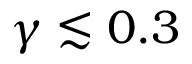
\gamma \lesssim 0 . 3